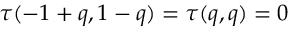
\tau ( - 1 + q , 1 - q ) = \tau ( q , q ) = 0